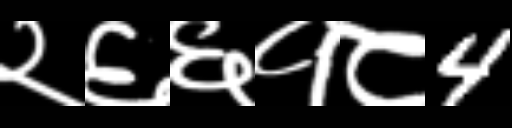
Text: २६६१८4